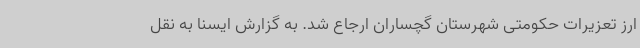
ارز تعزیرات حکومتی شهرستان گچساران ارجاع شد. به گزارش ایسنا به نقل